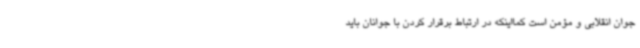
جوان انقلابی و مؤمن است کمااینکه در ارتباط برقرار کردن با جوانان باید